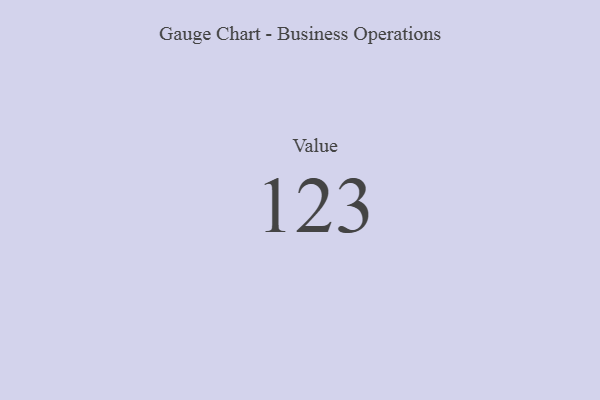
{"axis": {"x": "Metric", "y": "Value"}, "legend": [""], "data": [{"x": "Value", "y": 123, "type": ""}]}